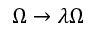
\Omega \to \lambda \Omega